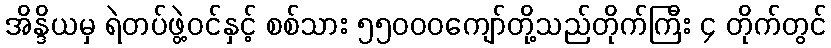
အိန္ဒိယမှ ရဲတပ်ဖွဲ့ဝင်နှင့် စစ်သား ၅၅၀၀၀ကျော်တို့သည်တိုက်ကြီး ၄ တိုက်တွင်